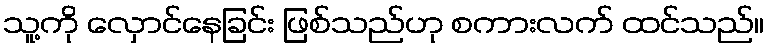
သူ့ကို လှောင်နေခြင်း ဖြစ်သည်ဟု စကားလက် ထင်သည်။